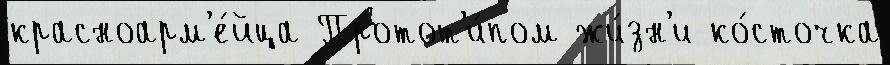
красноарм'е́йца Протот'и́пом жи́зн'и ко́сточка